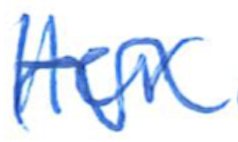
Text: Her
Cross-out: wave
Writing tool: ballpoint